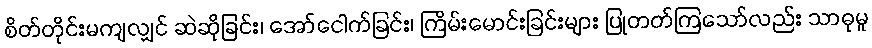
စိတ်တိုင်းမကျလျှင် ဆဲဆိုခြင်း၊ အော်ငေါက်ခြင်း၊ ကြိမ်းမောင်းခြင်းများ ပြုတတ်ကြသော်လည်း သာဓုမူ